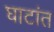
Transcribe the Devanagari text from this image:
घाटांत